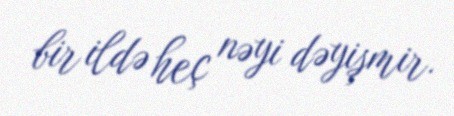
bir ildə heç nəyi dəyişmir.